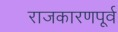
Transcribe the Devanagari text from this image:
राजकारणपूर्व